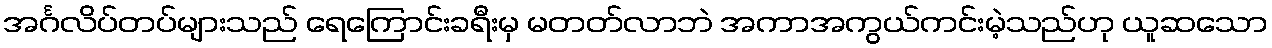
အင်္ဂလိပ်တပ်များသည် ရေကြောင်းခရီးမှ မတတ်လာဘဲ အကာအကွယ်ကင်းမဲ့သည်ဟု ယူဆသော